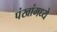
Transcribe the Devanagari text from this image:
पंखांमध्ये